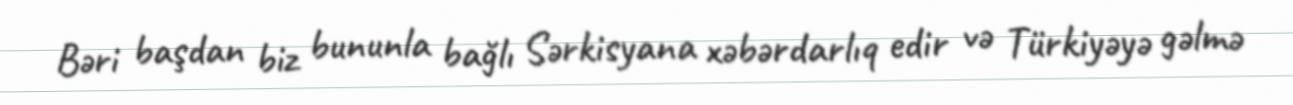
Bəri başdan biz bununla bağlı Sərkisyana xəbərdarlıq edir və Türkiyəyə gəlmə